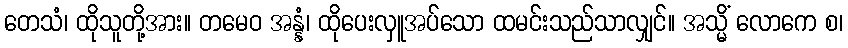
တေသံ၊ ထိုသူတို့အား။ တမေဝ အန္နံ၊ ထိုပေးလှူအပ်သော ထမင်းသည်သာလျှင်။ အသ္မိံ လောကေ စ၊